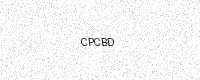
Text: CPCBD